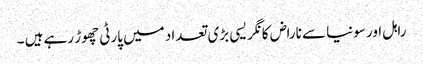
راہل اور سونیا سے ناراض کانگریسی بڑی تعداد میں پارٹی چھوڑ رہے ہیں ۔